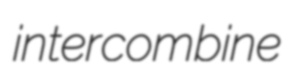
intercombine